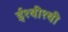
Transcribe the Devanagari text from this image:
ई१बी१बी